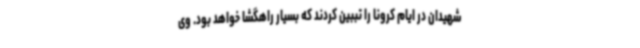
شهیدان در ایام کرونا را تببین کردند که بسیار راهگشا خواهد بود. وی